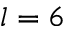
l = 6